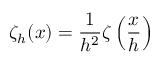
\zeta _ { h } ( x ) = \frac { 1 } { h ^ { 2 } } \zeta \left( \frac { x } { h } \right)